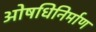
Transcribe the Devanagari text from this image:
ओषधिनिर्माण